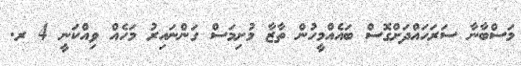
މަސްބާނާ ސަރަހައްދަށްގޮސް ބައެއްމީހުން ތާޒާ މުށިމަސް ގަންނައިރު މަހެއް ވިއްކަނީ 4 ރ.